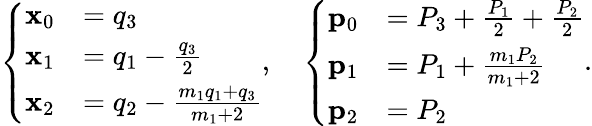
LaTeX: \left\{ \begin{array}{ll}{\mathbf{x}_{0}}&{=q_{3}}\\ {\mathbf{x}_{1}}&{=q_{1}-\frac{q_{3}}{2}}\\ {\mathbf{x}_{2}}&{=q_{2}-\frac{m_{1}q_{1}+q_{3}}{m_{1}+2}}\end{array}\right.,\quad\left\{ \begin{array}{ll}{\mathbf{p}_{0}}&{=P_{3}+\frac{P_{1}}{2}+\frac{P_{2}}{2}}\\ {\mathbf{p}_{1}}&{=P_{1}+\frac{m_{1}P_{2}}{m_{1}+2}}\\ {\mathbf{p}_{2}}&{=P_{2}}\end{array}\right..